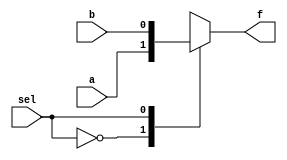
`timescale 1ns / 1ps
//////////////////////////////////////////////////////////////////////////////////
// Company: 
// Engineer: 
// 
// Design Name: 
// Module Name:    MUX8-1 
// Project Name: 
// Target Devices: 
// Tool versions: 
// Description: 
//
// Dependencies: 
//
// Revision: 
// Revision 0.01 - File Created
// Additional Comments: 
//
//////////////////////////////////////////////////////////////////////////////////
module mux2_1(a,b,sel,f);
	input a,b,sel;
	output reg f;
	
	always@(*)
		begin
			case (sel)
				1'b0 : f = a;
				1'b1 : f = b;
				default f= 0;
			endcase
		end
endmodule

module MUX8_1(
    input i0,
    input i1,
    input i2,
    input i3,
    input i4,
    input i5,
    input i6,
    input i7,
    input [2:0] sel,
    output f
    );
	 
	 wire x1,x2,x3,x4,x5,x6;
	 mux2_1 a1(i0,i1,sel[0],x1);
	 mux2_1 a2(i2,i3,sel[0],x2);
	 mux2_1 a3(i4,i5,sel[0],x3);
	 mux2_1 a4(i6,i7,sel[0],x4);
	 mux2_1 a5(x1,x2,sel[1],x5);
	 mux2_1 a6(x3,x4,sel[1],x6);
	 mux2_1 a7(x5,x6,sel[2],f);

endmodule